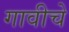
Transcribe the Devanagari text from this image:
गावीचे